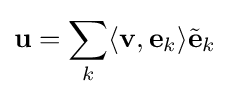
\mathbf {u} =\sum _{k}\langle \mathbf {v} ,\mathbf {e} _{k}\rangle {\tilde {\mathbf {e} }}_{k}